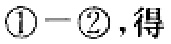
$\textcircled{1}-\textcircled{2}，得$